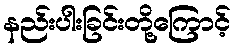
နည်းပါးခြင်းတို့ကြောင့်